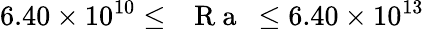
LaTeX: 6.40\times 10^{10}\leq\mathrm{~\textit~{~R~a~}~}\leq 6.40\times 10^{13}